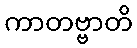
ကာတဗ္ဗာတိ